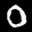
Label: 0